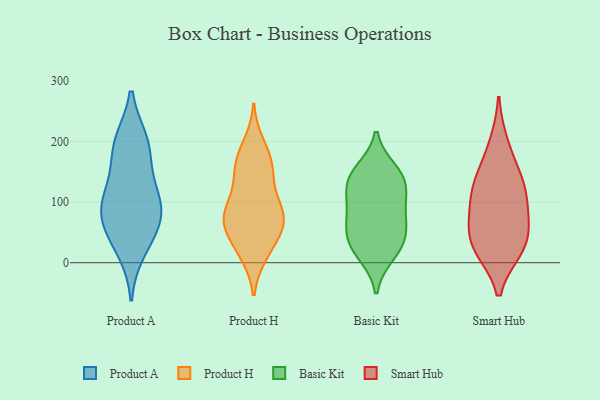
{"axis": {"x": "Market Share (%)", "y": "Value"}, "legend": ["Basic Kit", "Product A", "Product H", "Smart Hub"], "data": [{"x": "", "y": 176, "type": "Product A"}, {"x": "", "y": 87, "type": "Product A"}, {"x": "", "y": 21, "type": "Product A"}, {"x": "", "y": 64, "type": "Product A"}, {"x": "", "y": 87, "type": "Product A"}, {"x": "", "y": 199, "type": "Product A"}, {"x": "", "y": 109, "type": "Product A"}, {"x": "", "y": 51, "type": "Product A"}, {"x": "", "y": 119, "type": "Product A"}, {"x": "", "y": 199, "type": "Product A"}, {"x": "", "y": 72, "type": "Product H"}, {"x": "", "y": 35, "type": "Product H"}, {"x": "", "y": 14, "type": "Product H"}, {"x": "", "y": 60, "type": "Product H"}, {"x": "", "y": 124, "type": "Product H"}, {"x": "", "y": 60, "type": "Product H"}, {"x": "", "y": 83, "type": "Product H"}, {"x": "", "y": 65, "type": "Product H"}, {"x": "", "y": 103, "type": "Product H"}, {"x": "", "y": 83, "type": "Product H"}, {"x": "", "y": 155, "type": "Product H"}, {"x": "", "y": 15, "type": "Product H"}, {"x": "", "y": 75, "type": "Product H"}, {"x": "", "y": 178, "type": "Product H"}, {"x": "", "y": 160, "type": "Product H"}, {"x": "", "y": 152, "type": "Product H"}, {"x": "", "y": 195, "type": "Product H"}, {"x": "", "y": 133, "type": "Basic Kit"}, {"x": "", "y": 95, "type": "Basic Kit"}, {"x": "", "y": 58, "type": "Basic Kit"}, {"x": "", "y": 28, "type": "Basic Kit"}, {"x": "", "y": 14, "type": "Basic Kit"}, {"x": "", "y": 130, "type": "Basic Kit"}, {"x": "", "y": 90, "type": "Basic Kit"}, {"x": "", "y": 151, "type": "Basic Kit"}, {"x": "", "y": 33, "type": "Basic Kit"}, {"x": "", "y": 141, "type": "Basic Kit"}, {"x": "", "y": 61, "type": "Basic Kit"}, {"x": "", "y": 114, "type": "Smart Hub"}, {"x": "", "y": 84, "type": "Smart Hub"}, {"x": "", "y": 150, "type": "Smart Hub"}, {"x": "", "y": 24, "type": "Smart Hub"}, {"x": "", "y": 22, "type": "Smart Hub"}, {"x": "", "y": 61, "type": "Smart Hub"}, {"x": "", "y": 23, "type": "Smart Hub"}, {"x": "", "y": 55, "type": "Smart Hub"}, {"x": "", "y": 197, "type": "Smart Hub"}, {"x": "", "y": 111, "type": "Smart Hub"}, {"x": "", "y": 136, "type": "Smart Hub"}]}